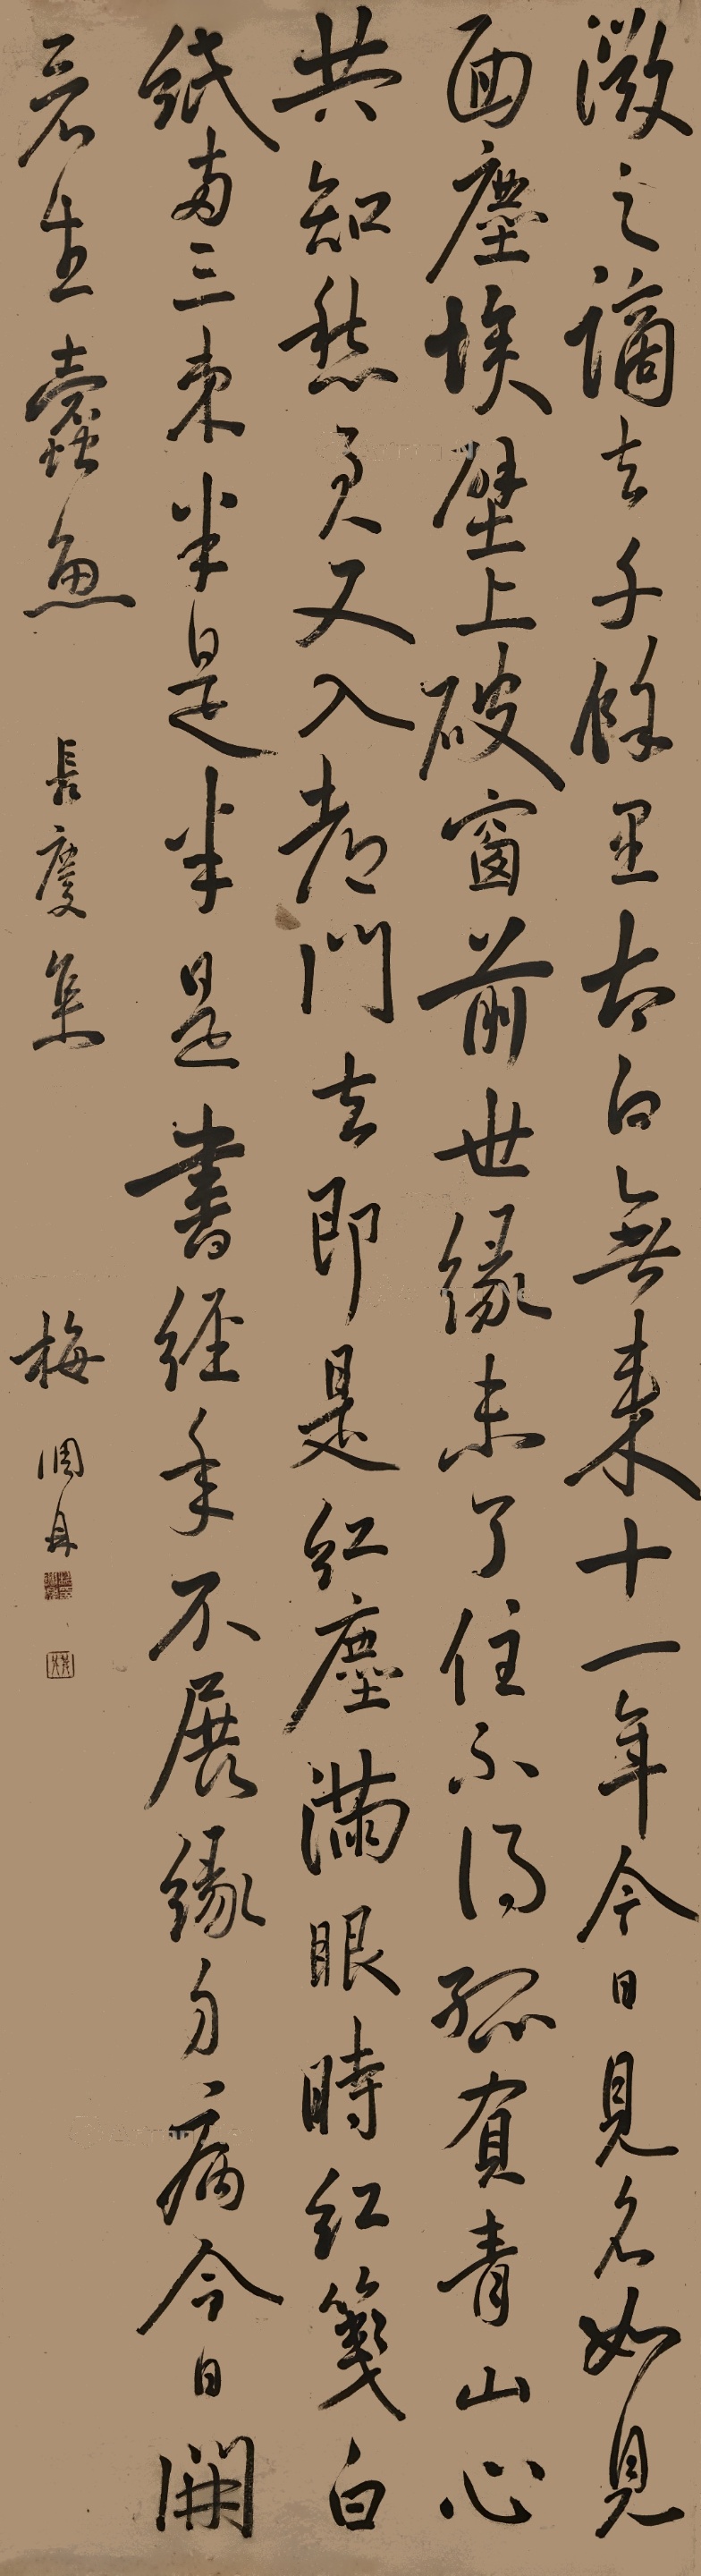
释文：微之谪去千余里，太白无来十一年。今日见名如见面，尘埃壁上破窗前。世缘未了住不得，孤负青山心共知。愁君又入都门去，即是红尘满眼时。红笺白纸两三朿，半是(君诗)半是书，经年不展缘分病，今日开看生蠹鱼。《长庆集》梅调鼎。